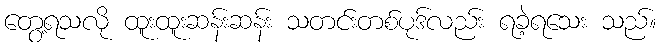
တွေ့ရသလို ထူးထူးဆန်းဆန်း သတင်းတစ်ပုဒ်လည်း ရခဲ့ရသေး သည်။